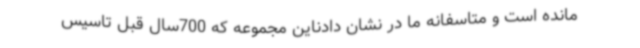
مانده است و متاسفانه ما در نشان دادناین مجموعه که 700سال قبل تاسیس